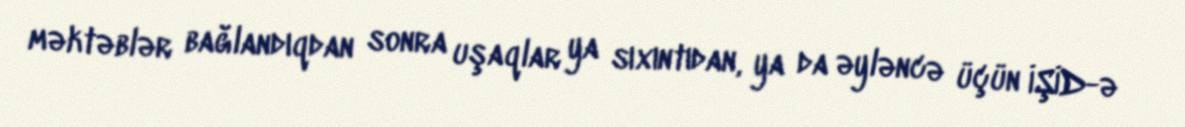
məktəblər bağlandıqdan sonra uşaqlar ya sıxıntıdan, ya da əyləncə üçün İŞİD-ə